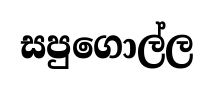
සපුගොල්ල